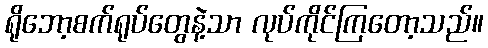
ရိုဘော့စက်ရုပ်တွေနဲ့သာ လုပ်ကိုင်ကြတော့သည်။